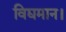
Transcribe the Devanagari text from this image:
विद्यमान।